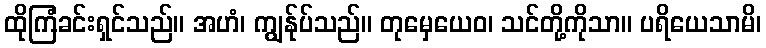
ထိုကြံခင်းရှင်သည်။ အဟံ၊ ကျွန်ုပ်သည်။ တုမှေယေဝ၊ သင်တို့ကိုသာ။ ပရိယေသာမိ၊